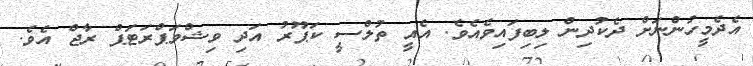
އެދެމީހުންނަށް ދެކުދިން ލިބިފައިވެއެވެ. އެއީ ތުލްސީ ކަޕޫރު އަދި ވިޝްވަޕްރަޓަޕް ރާޖް އެވެ.